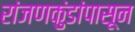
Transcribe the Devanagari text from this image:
रांजणकुंडांपासून